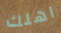
اهلك